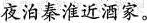
夜泊秦淮近酒家。